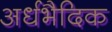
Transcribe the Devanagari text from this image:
अर्धभैदिक